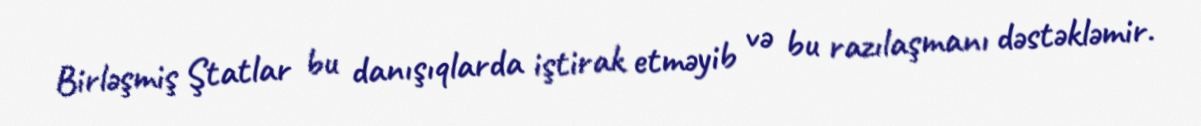
Birləşmiş Ştatlar bu danışıqlarda iştirak etməyib və bu razılaşmanı dəstəkləmir.